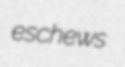
eschews